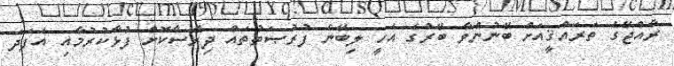
ރާއްޖޭގެ ތަރައްޤީއަށް ބޭނުންވާ ބޭރުގެ އެހީ ލިބޭނެ ފުރުޞަތުތައް ދިރާސާކޮށް ފުޅާކުރުމާއި އެފަދަ